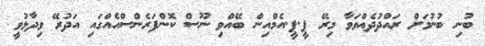
ބުނި ބުނުމަށް ރައްދުދެއްވަވާ މިރޭ ޕީ.ޕީ.އެމްއިން ބޭއްވި ނޫސް ކޮންފަރެންސްއެއްގައި އަދުރޭ ވިދާޅުވީ